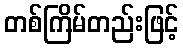
တစ်ကြိမ်တည်းဖြင့်